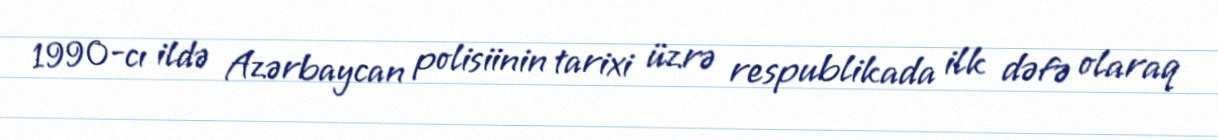
1990-cı ildə Azərbaycan polisiinin tarixi üzrə respublikada ilk dəfə olaraq